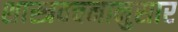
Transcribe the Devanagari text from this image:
शास्त्रवचनानुसार